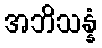
အဘိသန္နံ